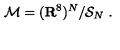
{ \cal M } = ( { \bf R } ^ { 8 } ) ^ { N } / { \cal S } _ { N } \ .